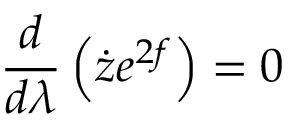
\frac { d } { d \lambda } \left( \dot { z } e ^ { 2 f } \right) = 0